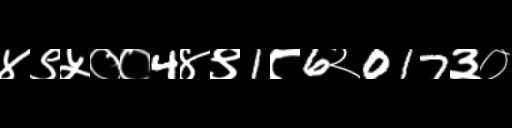
Text: ४९५००4४९1८6२017३०